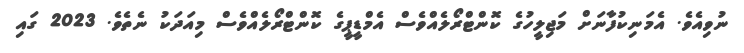
ނުވިއެވެ. އެމަނިކުފާނަށް މަޖިލީހުގެ ކޮންޓްރޯލެއްވެސް އެމްޑީޕީގެ ކޮންޓްރޯލެއްވެސް މިއަދަކު ނެތެވެ. 2023 ގައި